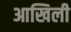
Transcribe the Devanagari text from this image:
आखिली